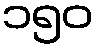
၁၅၀